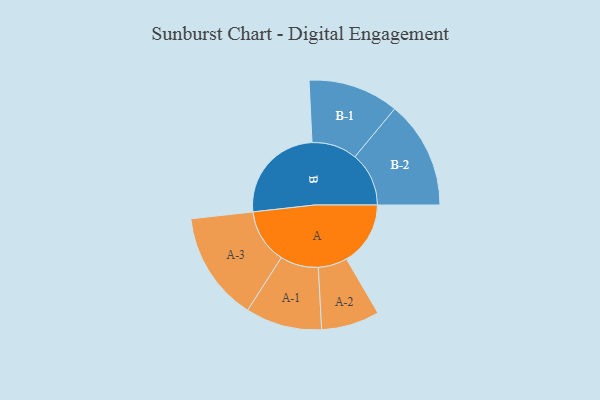
{"axis": {"x": "Segment", "y": "Value"}, "legend": ["", "A", "B"], "data": [{"x": "A", "y": 268, "type": ""}, {"x": "B", "y": 420, "type": ""}, {"x": "A-1", "y": 160, "type": "A"}, {"x": "A-2", "y": 122, "type": "A"}, {"x": "A-3", "y": 229, "type": "A"}, {"x": "B-1", "y": 190, "type": "B"}, {"x": "B-2", "y": 226, "type": "B"}]}